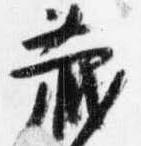
蔵